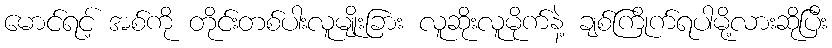
မောင်ရင့် အစ်ကို တိုင်းတစ်ပါးလူမျိုးခြား လူဆိုးလူမိုက်နဲ့ ချစ်ကြိုက်ရပါမို့လားဆိုပြီး